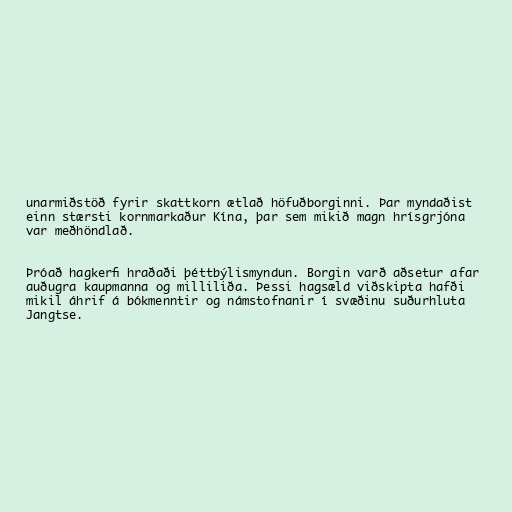
unarmiðstöð fyrir skattkorn ætlað höfuðborginni. Þar myndaðist
einn stærsti kornmarkaður Kína, þar sem mikið magn hrísgrjóna
var meðhöndlað.

Þróað hagkerfi hraðaði þéttbýlismyndun. Borgin varð aðsetur afar
auðugra kaupmanna og milliliða. Þessi hagsæld viðskipta hafði
mikil áhrif á bókmenntir og námstofnanir í svæðinu suðurhluta
Jangtse.